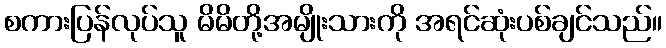
စကားပြန်လုပ်သူ မိမိတို့အမျိုးသားကို အရင်ဆုံးပစ်ချင်သည်။